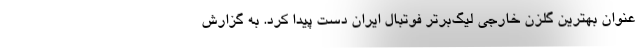
عنوان بهترین گلزن خارجی لیگ‌برتر فوتبال ایران دست پیدا کرد. به گزارش